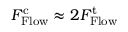
F _ { \mathrm { F l o w } } ^ { \mathrm { c } } \approx 2 F _ { \mathrm { F l o w } } ^ { \mathrm { t } }